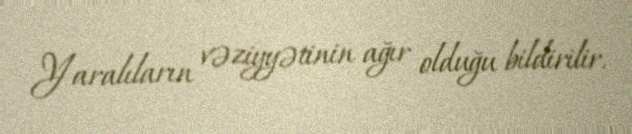
Yaralıların vəziyyətinin ağır olduğu bildirilir.